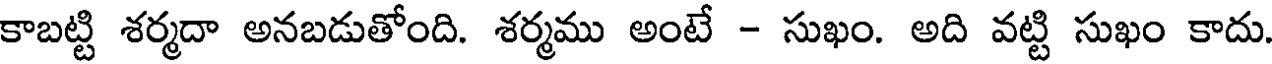
కాబట్టి శర్మదా అనబడుతోంది. శర్మము అంటే - సుఖం. అది వట్టి సుఖం కాదు.